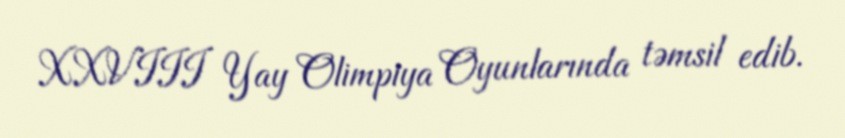
XXVIII Yay Olimpiya Oyunlarında təmsil edib.